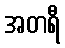
အတရီ